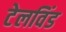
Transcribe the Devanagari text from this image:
टेलविंड